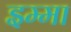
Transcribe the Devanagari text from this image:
इम्मा